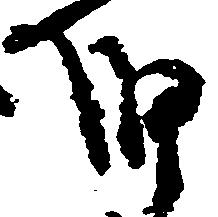
細